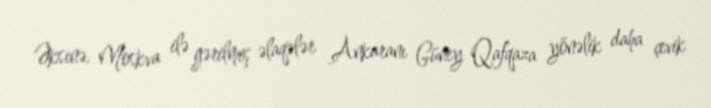
Əksinə, Moskva ilə gərilmiş əlaqələr Ankaranı Güney Qafqaza yönəlik daha çevik